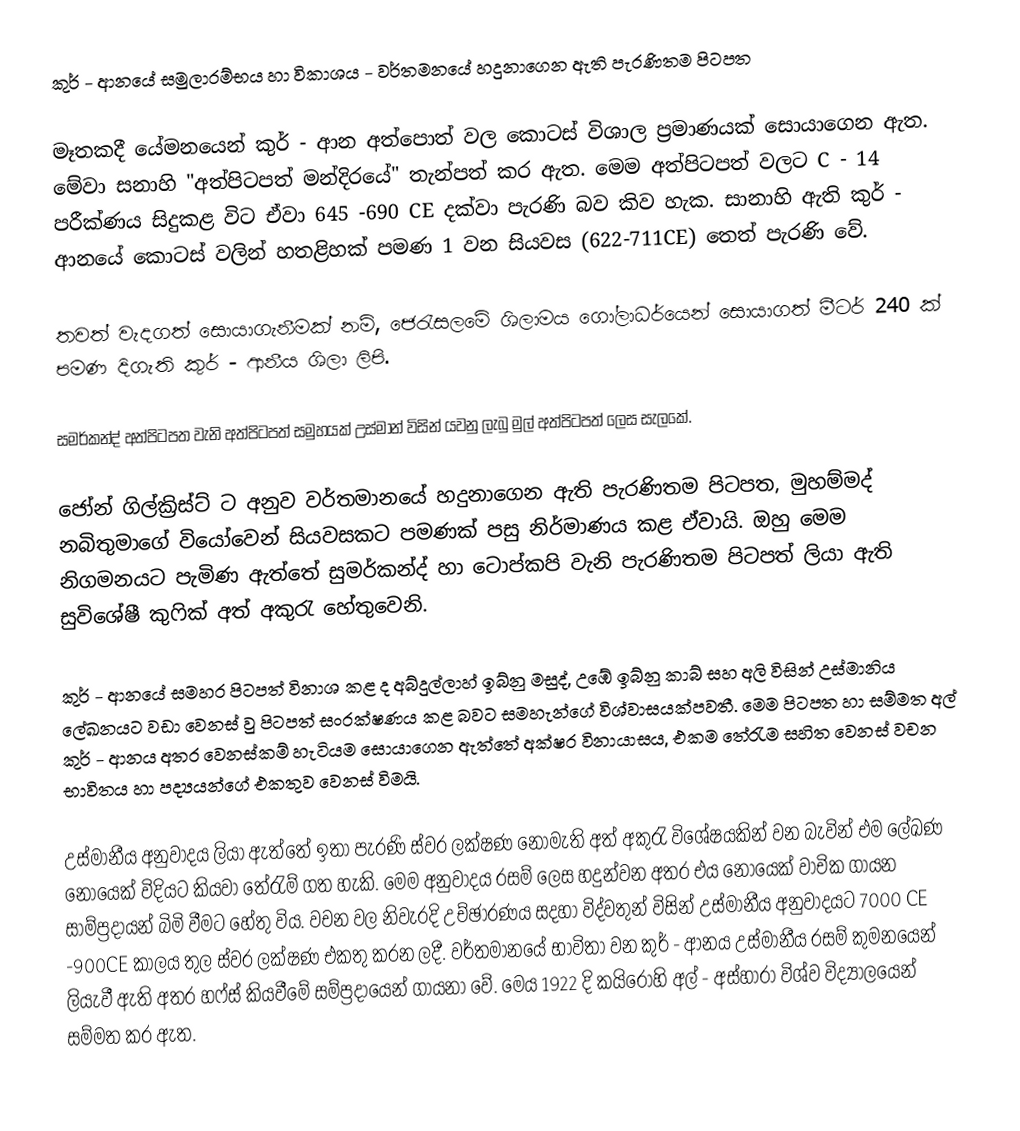
කුර් - ආනයේ සමුලාරම්භය හා විකාශය - වර්තමනයේ හදුනාගෙන ඇති පැරණිතම පිටපත

මෑතකදී යේමනයෙන් කුර් - ආන අත්පොත් වල කොටස් විශාල ප්‍රමාණයක් සොයාගෙන ඇත. මේවා සනාහි "අත්පිටපත් මන්දිරයේ" තැන්පත් කර ඇත. මෙම අත්පිටපත් වලට C - 14 පරීක්ණය සිදුකළ විට ඒවා  645 -690 CE දක්වා පැරණි බව කිව හැක. සානාහි ඇති කුර් - ආනයේ කොටස් වලින් හතළිහක් පමණ 1 වන සියවස (622-711CE) තෙත් පැරණි වේ.

තවත් වැදගත් සොයාගැනීමක් නම්, ජෙරැසලමේ ශිලාමය ගෝලාධර්යෙන් සොයාගත් මීටර් 240 ක් පමණ දිගැති කුර් - ආනීය ශිලා ලිපි.

	සමර්කන්ද් අත්පිටපත වැනි අත්පිටපත් සමුහයක් උස්මාන් විසින් යවනු ලැබු මුල් අත්පිටපත් ලෙස සැලකේ.

	ජෝන් ගිල්ක්‍රිස්ට් ට අනුව වර්තමානයේ හදුනාගෙන ඇති පැරණිතම පිටපත, මුහම්මද් නබිතුමාගේ වියෝවෙන් සියවසකට පමණක් පසු නිර්මාණය කළ ඒවායි. ඔහු මෙම නිගමනයට පැමිණ ඇත්තේ සුමර්කන්ද් හා ටොප්කපි වැනි පැරණිතම පිටපත් ලියා ඇති සුවිශේෂී කුෆික් අත් අකුරැ හේතුවෙනි.

	කුර් - ආනයේ සමහර පිටපත් විනාශ කළ ද අබ්දුල්ලාහ් ඉබ්නු මසුද්, උඹේ ඉබ්නු කාබ් සහ අලි විසින් උස්මානිය ලේඛනයට වඩා වෙනස් වු පිටපත් සංරක්ෂණය කළ බවට සමහැන්ගේ විශ්වාසයක්පවතී. මෙම පිටපත හා සම්මත අල් කුර් - ආනය අතර වෙනස්කම් හැටියම සොයාගෙන ඇත්තේ අක්ෂර විනායාසය, එකම තේරැම සහිත වෙනස් වචන භාවිතය හා පද්‍යයන්ගේ එකතුව වෙනස් විමයි.

	උස්මානීය අනුවාදය ලියා ඇත්තේ ඉතා පැරණි ස්වර ලක්ෂණ නොමැති අත් අකුරැ විශේෂයකින් වන බැවින් එම ලේඛණ නොයෙක් විදියට කියවා තේරැම් ගත හැකි. මෙම අනුවාදය රසම් ලෙස හදුන්වන අතර එය නොයෙක් වාචික ගායන සාම්ප්‍රදායන් බිමි වීමට හේතු විය. වචන වල නිවැරදි උච්ඡාරණය සදහා විද්වතුන් විසින් උස්මානීය අනුවාදයට  7000 CE -900CE කාලය තුල ස්වර ලක්ෂණ එකතු කරන ලදී. වර්තමානයේ භාවිතා වන කුර්  - ආනය උස්මානීය රසම් කුමනයෙන් ලියැවී ඇති අතර හෆ්ස් කියවීමේ සම්ප්‍රදායෙන් ගායනා වේ. මෙය 1922 දි කයිරෝහි අල් - අස්හාරා විශ්ව විද්‍යාලයෙන් සම්මත කර ඇත.